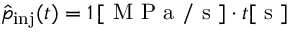
\hat { p } _ { \mathrm { i n j } } ( t ) = 1 \, [ \mathrm { ~ M ~ P ~ a ~ / ~ s ~ } ] \cdot t [ \mathrm { ~ s ~ } ]